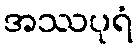
အဿပုရံ